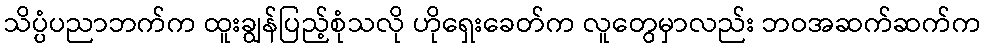
သိပ္ပံပညာဘက်က ထူးချွန်ပြည့်စုံသလို ဟိုရှေးခေတ်က လူတွေမှာလည်း ဘဝအဆက်ဆက်က